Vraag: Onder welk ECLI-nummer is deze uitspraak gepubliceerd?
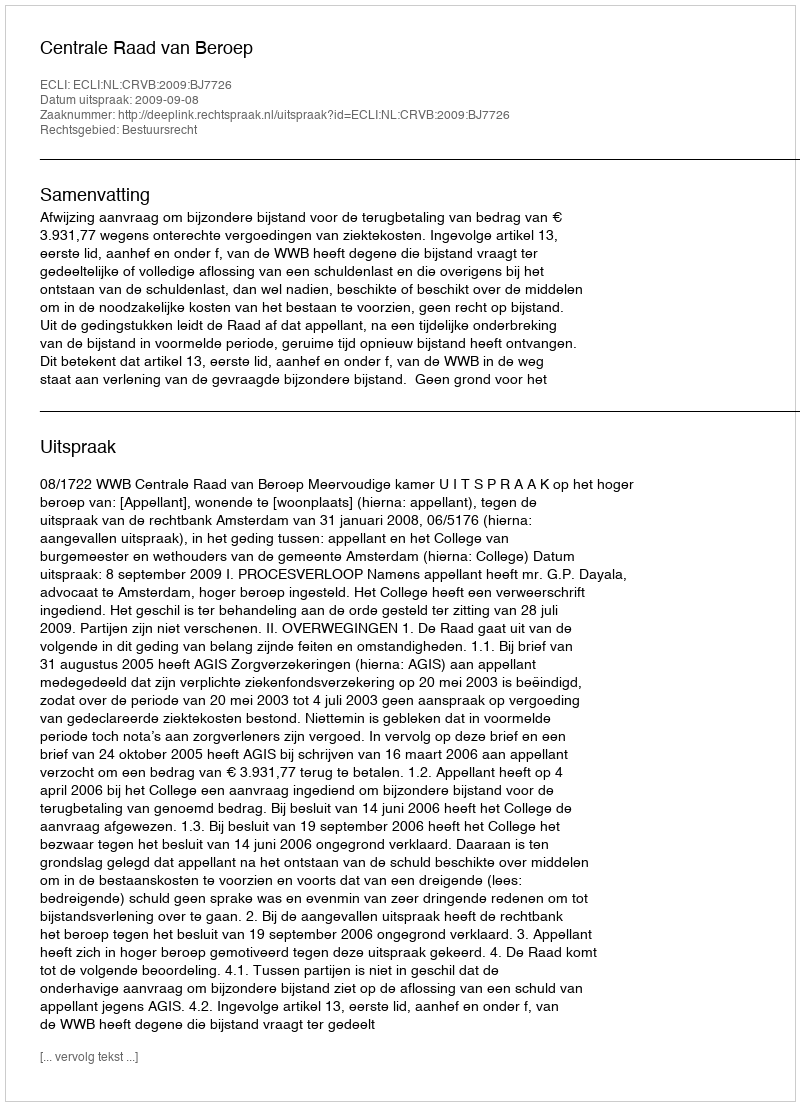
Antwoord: ECLI:NL:CRVB:2009:BJ7726